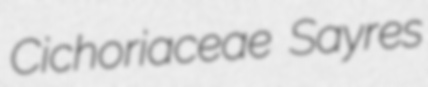
Cichoriaceae Sayres